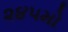
૨૪૫મો